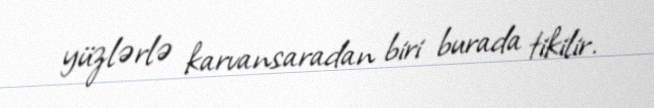
yüzlərlə karvansaradan biri burada tikilir.